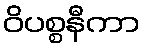
ဝိပစ္စနီကာ